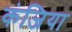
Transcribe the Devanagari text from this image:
कंजिया